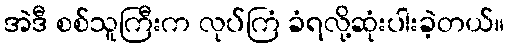
အဲဒီ စစ်သူကြီးက လုပ်ကြံ ခံရလို့ဆုံးပါးခဲ့တယ်။